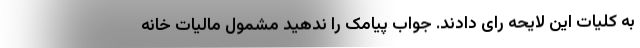
به کلیات این لایحه رای دادند. جواب پیامک را ندهید مشمول مالیات خانه